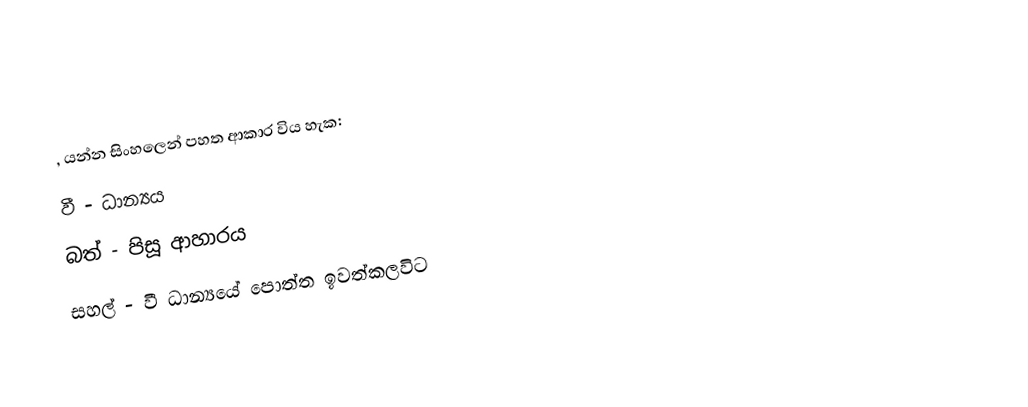
, යන්න සිංහලෙන් පහත ආකාර විය හැක:
 වී - ධාන්‍යය
 බත් - පිසූ ආහාරය
 සහල් -‍ වී ධාන්‍යයේ පොත්ත ඉවත්කලවිට